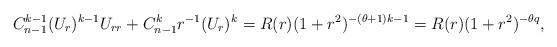
LaTeX: \begin{align*} C_{n-1}^{k-1}(U_r)^{k-1}U_{rr}+C_{n-1}^kr^{-1}(U_r)^k=R(r)(1+r^2)^{-(\theta+1)k-1}=R(r)(1+r^2)^{-\theta q},\end{align*}